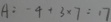
A : - 4 + 3 \times 7 = 1 7